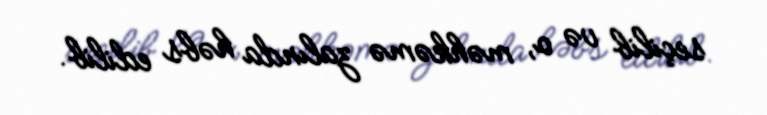
seçilib və o, məhkəmə zalında həbs edilib.